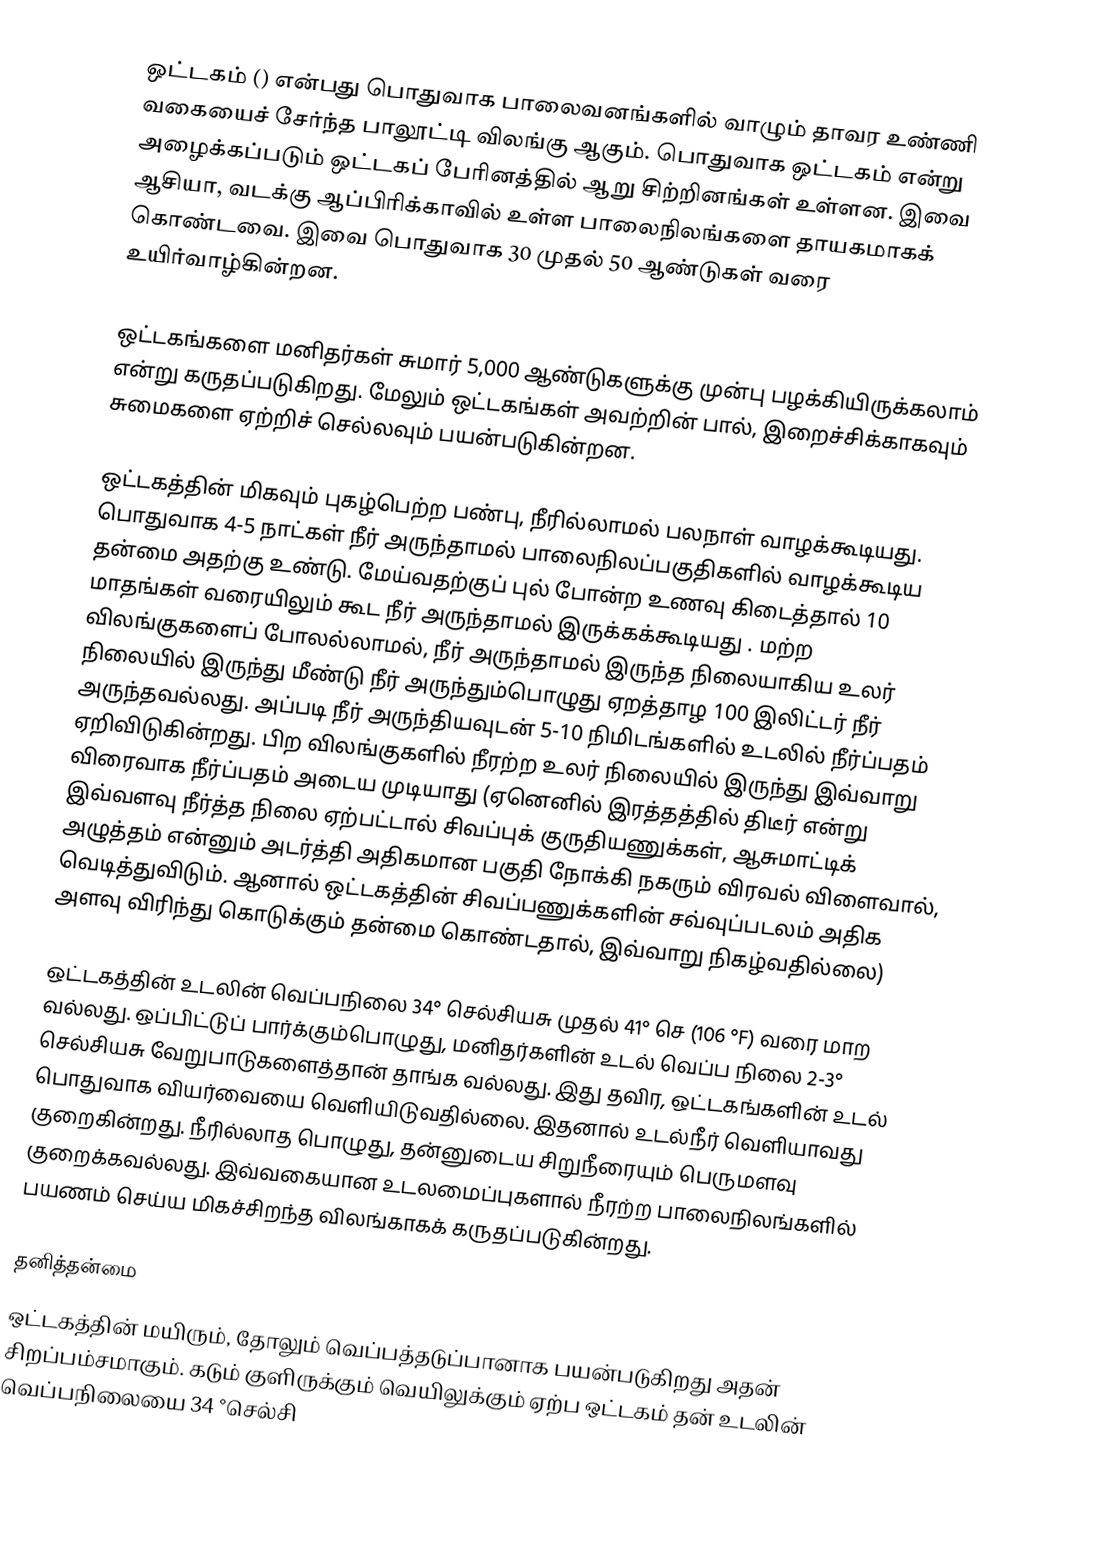
ஒட்டகம் () என்பது பொதுவாக பாலைவனங்களில் வாழும் தாவர உண்ணி வகையைச் சேர்ந்த பாலூட்டி விலங்கு ஆகும். பொதுவாக ஒட்டகம் என்று அழைக்கப்படும் ஒட்டகப் பேரினத்தில் ஆறு சிற்றினங்கள் உள்ளன. இவை ஆசியா, வடக்கு ஆப்பிரிக்காவில் உள்ள பாலைநிலங்களை தாயகமாகக் கொண்டவை. இவை பொதுவாக 30 முதல் 50 ஆண்டுகள் வரை உயிர்வாழ்கின்றன.

ஒட்டகங்களை மனிதர்கள் சுமார் 5,000 ஆண்டுகளுக்கு முன்பு பழக்கியிருக்கலாம் என்று கருதப்படுகிறது. மேலும் ஒட்டகங்கள் அவற்றின் பால், இறைச்சிக்காகவும் சுமைகளை ஏற்றிச் செல்லவும் பயன்படுகின்றன.

ஒட்டகத்தின் மிகவும் புகழ்பெற்ற பண்பு, நீரில்லாமல் பலநாள் வாழக்கூடியது. பொதுவாக 4-5 நாட்கள் நீர் அருந்தாமல் பாலைநிலப்பகுதிகளில் வாழக்கூடிய தன்மை அதற்கு உண்டு. மேய்வதற்குப் புல் போன்ற உணவு கிடைத்தால் 10 மாதங்கள் வரையிலும் கூட நீர் அருந்தாமல் இருக்கக்கூடியது . மற்ற விலங்குகளைப் போலல்லாமல், நீர் அருந்தாமல் இருந்த நிலையாகிய உலர் நிலையில் இருந்து மீண்டு நீர் அருந்தும்பொழுது ஏறத்தாழ 100 இலிட்டர் நீர் அருந்தவல்லது. அப்படி நீர் அருந்தியவுடன் 5-10 நிமிடங்களில் உடலில் நீர்ப்பதம் ஏறிவிடுகின்றது. பிற விலங்குகளில் நீரற்ற உலர் நிலையில் இருந்து இவ்வாறு விரைவாக நீர்ப்பதம் அடைய முடியாது (ஏனெனில் இரத்தத்தில் திடீர் என்று இவ்வளவு நீர்த்த நிலை ஏற்பட்டால் சிவப்புக் குருதியணுக்கள், ஆசுமாட்டிக் அழுத்தம் என்னும் அடர்த்தி அதிகமான பகுதி நோக்கி நகரும் விரவல் விளைவால், வெடித்துவிடும். ஆனால் ஒட்டகத்தின் சிவப்பணுக்களின் சவ்வுப்படலம் அதிக அளவு விரிந்து கொடுக்கும் தன்மை கொண்டதால், இவ்வாறு நிகழ்வதில்லை)

ஒட்டகத்தின் உடலின் வெப்பநிலை 34° செல்சியசு முதல் 41° செ (106 °F) வரை மாற வல்லது. ஒப்பிட்டுப் பார்க்கும்பொழுது, மனிதர்களின் உடல் வெப்ப நிலை 2-3° செல்சியசு வேறுபாடுகளைத்தான் தாங்க வல்லது. இது தவிர, ஒட்டகங்களின் உடல் பொதுவாக வியர்வையை வெளியிடுவதில்லை. இதனால் உடல்நீர் வெளியாவது குறைகின்றது. நீரில்லாத பொழுது, தன்னுடைய சிறுநீரையும் பெருமளவு குறைக்கவல்லது. இவ்வகையான உடலமைப்புகளால் நீரற்ற பாலைநிலங்களில் பயணம் செய்ய மிகச்சிறந்த விலங்காகக் கருதப்படுகின்றது.

தனித்தன்மை
ஒட்டகத்தின் மயிரும், தோலும்  வெப்பத்தடுப்பானாக பயன்படுகிறது அதன் சிறப்பம்சமாகும். கடும் குளிருக்கும் வெயிலுக்கும் ஏற்ப ஒட்டகம் தன் உடலின் வெப்பநிலையை 34 °செல்சி